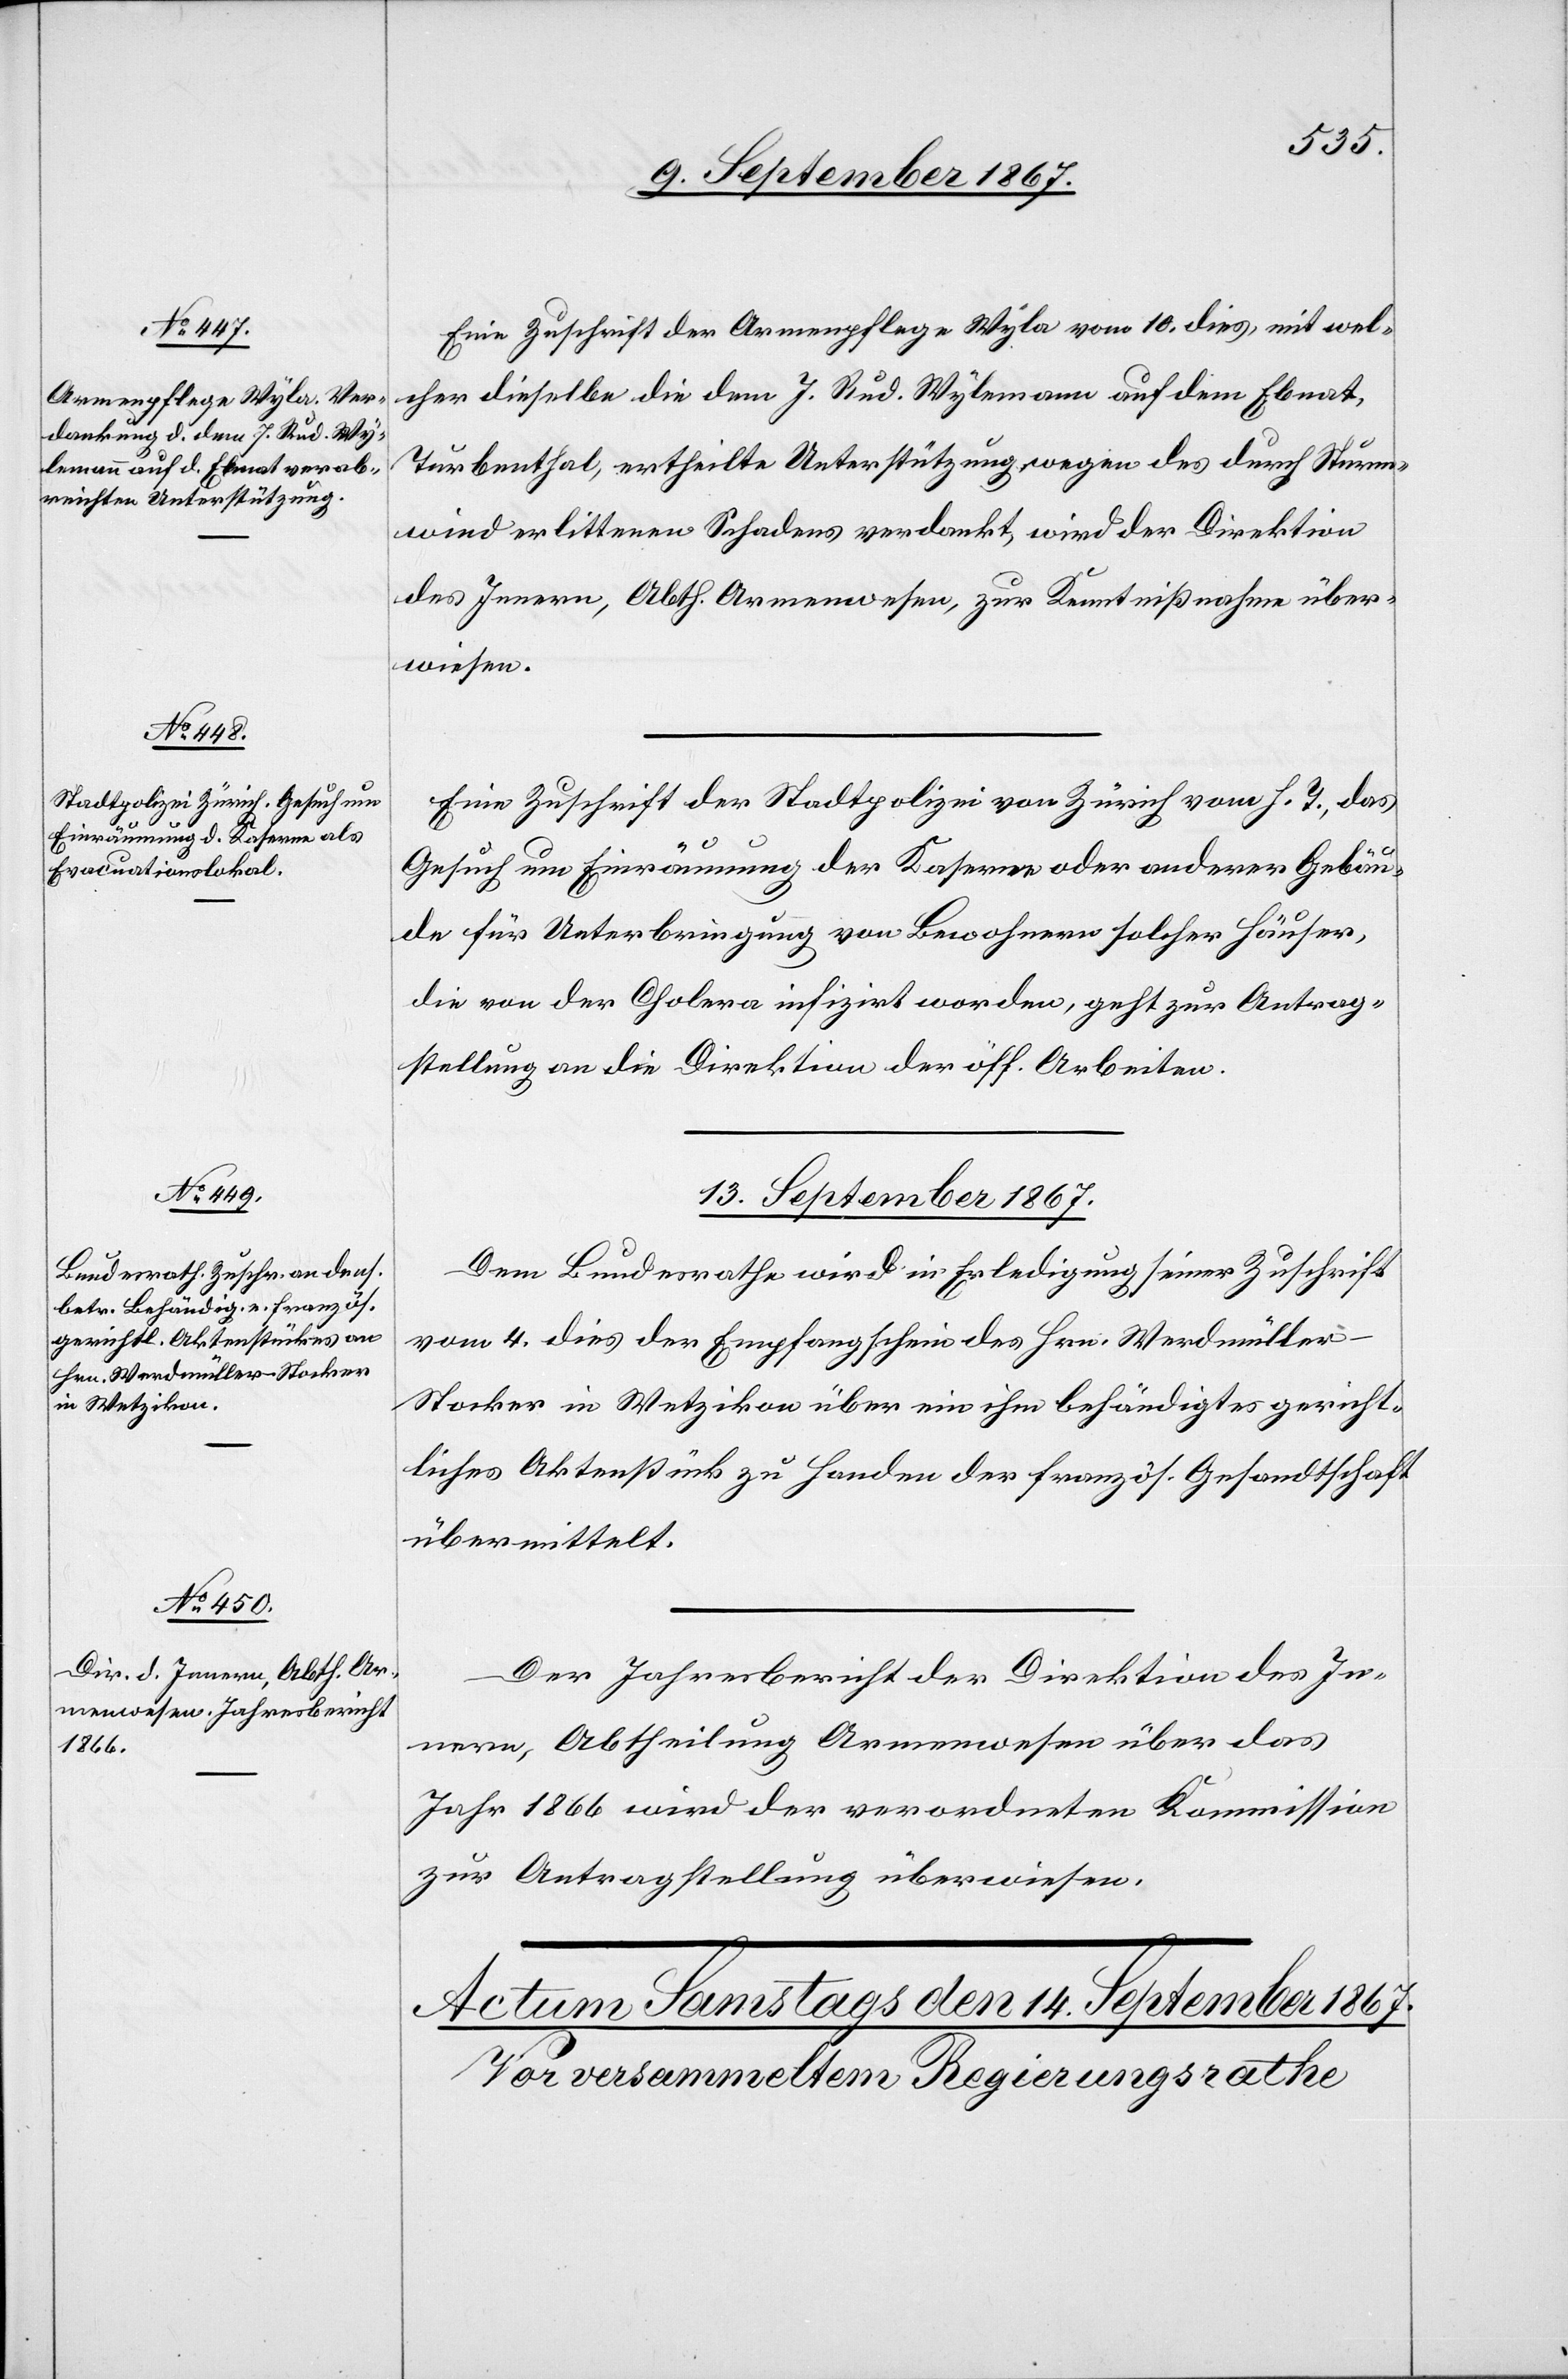
Eine Zuschrift der Armenpflege Wyla vom 10. dies, mit wel¬
cher dieselbe die dem J. Rud. Wylemann auf dem Ebnat,
Turbenthal, ertheilte Unterstützung, wegen des durch Sturm¬
wind erlittenen Schadens verdankt, wird der Direktion
des Innern, Abth. Armenwesen, zur Kenntnißnahme über¬
wiesen.
Eine Zuschrift der Stadtpolizei von Zürich vom h. T., das
Gesuch um Einräumung der Kaserne oder anderer Gebäu¬
de für Unterbringung von Bewohnern solcher Häuser,
die von der Cholera infizirt worden, geht zur Antrag¬
stellung an Direktion der öff. Arbeiten.
13. September 1867.]
Dem Bundesrathe wird in Erledigung seiner Zuschrift
vom 4. dies der Empfangschein des Hrn. Werdmülle¬
r-Stocker in Wetzikon über ein ihm behändigtes gericht¬
liches Aktenstück zu Handen der französ. Gesandtschaft
übermittelt.
Der Jahresbericht der Direktion des In¬
nern, Abtheilung Armenwesen über das
Jahr 1866 wird der verordneten Kommission
zur Antragstellung überwiesen.